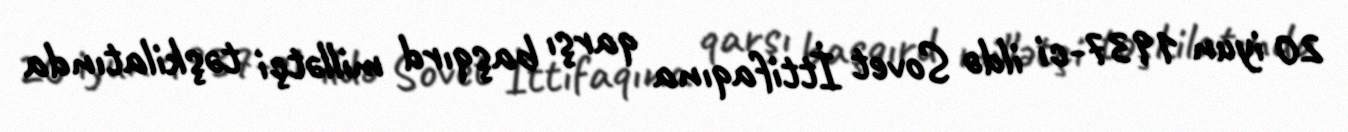
20 iyun 1937-ci ildə Sovet İttifaqına qarşı başqırd millətçi təşkilatında